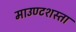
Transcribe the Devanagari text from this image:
माउण्टशस्ता